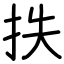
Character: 抶